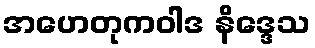
အဟေတုကဝါဒ နိဒ္ဒေသ